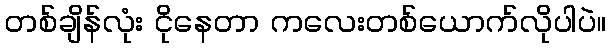
တစ်ချိန်လုံး ငိုနေတာ ကလေးတစ်ယောက်လိုပါပဲ။